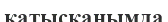
қатысқанымда